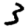
Digit: 3